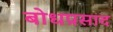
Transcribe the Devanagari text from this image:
बोधप्रसाद